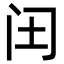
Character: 𮤬